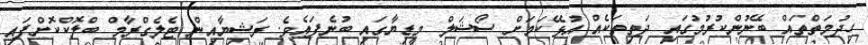
ހިދުމަތްތައް ބޭނުންކުރުމުގައި ދަތިތަކެއް އުޅޭކަމަށް ސޯޝަލް މީޑިޔާގައި ބުނެފައެވެ. ރަޝިޔާއިން ޓެލެގްރާމް ބްލޮކްކޮށްފައި